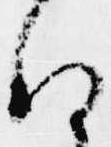
存